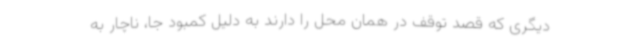
دیگری که قصد توقف در همان محل را دارند به دلیل کمبود جا، ناچار به